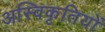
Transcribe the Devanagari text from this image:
अस्विकृतियों